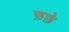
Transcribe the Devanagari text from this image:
फ़ाड़े